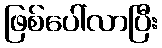
ဖြစ်ပေါ်လာပြီး